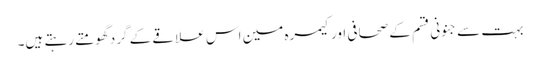
بہت سے جنونی قسم کے صحافی اور کیمرہ مین اس علاقے کے گرد گھومتے رہتے ہیں۔